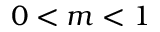
0 < m < 1